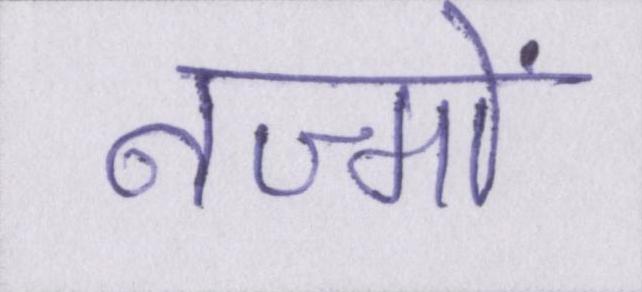
नज्मों